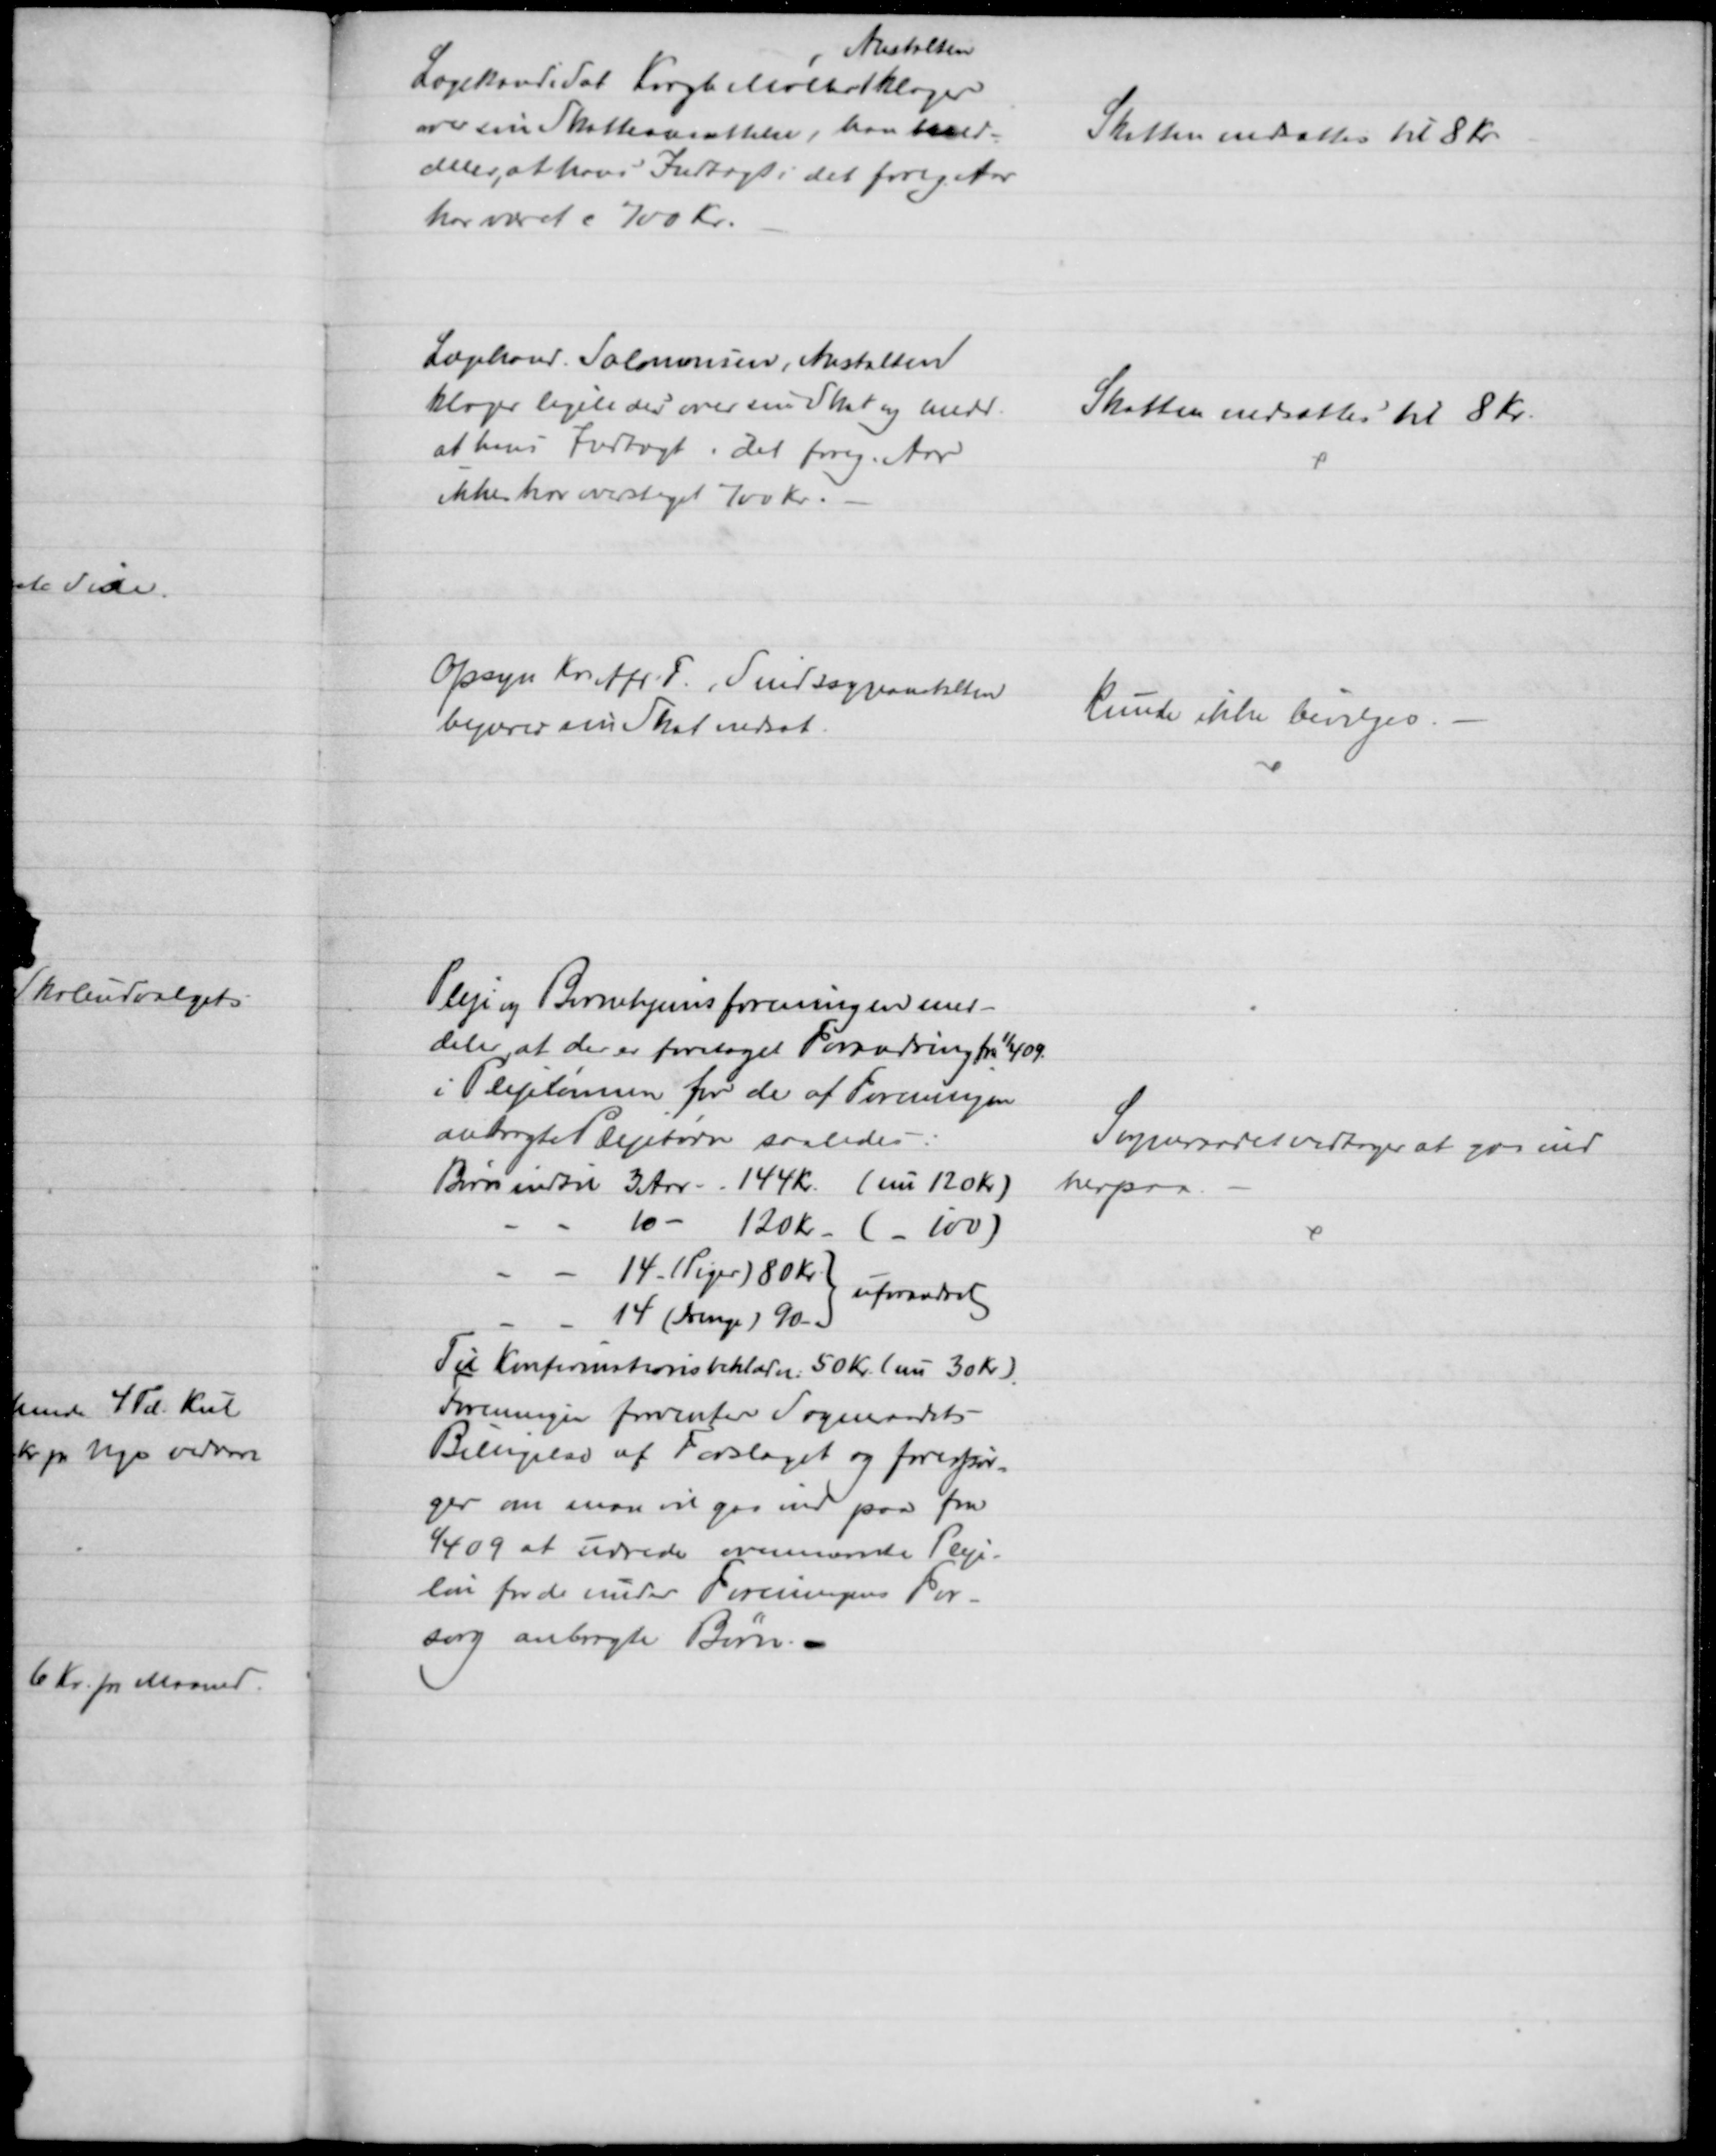
Transskription:
Lægekandidat Krogh Møller
Anstalten
klager
over sin Skatteansættelse, han med-
deler, at hans Indtægt i det forig. Aar
har været c 700 Kr.
Skatten nedsattes til 8 Kr.
Lægekand. Salomonsen, Anstalten
klager ligeledes over sin Skat og medd.
at hans Indtægt i det forig. Aar
ikke har oversteget 700 Kr.
Skatten nedsattes til 8 Kr.
Opsyn Kr. Afd. F., Sindssygeanstalten
begærer sin Skat nedsat.
Kunde ikke bevilges. 
Pleje og Børnehjemsforeningen med-
deler at der er foretaget Forandring fra 1/4 09.
i Plejelønnen for de af Foreningen
anbragte Plejebørn saaledes:
Børn indtil 3 Aar - 144 Kr. (nu 120 Kr)
10 - 120 Kr. ( - 100)
14 - Piger) 80 Kr 
14 (Drenge ) 90)
uforandret
Til Konfirmationsbeklædn. 50 Kr. (nu 30 Kr)
Foreningen forventer Sogneraadets
Billigelse af Forslaget og forespør=
ger om man vil gaa ind paa fra
1/4 09 at udrede ovennævnte Pleje-
løn for de under Foreningens For-
sorg anbragte Børn. 
Sogneraadet vedtager at gaa ind
herpaa.